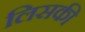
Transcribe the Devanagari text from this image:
लिसकी